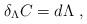
LaTeX: \begin{align*}\delta_{\Lambda} C = d\Lambda \ , \end{align*}